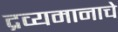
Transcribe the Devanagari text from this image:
द्रव्यमानाचे